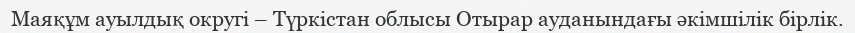
Маяқұм ауылдық округі – Түркістан облысы Отырар ауданындағы әкімшілік бірлік.